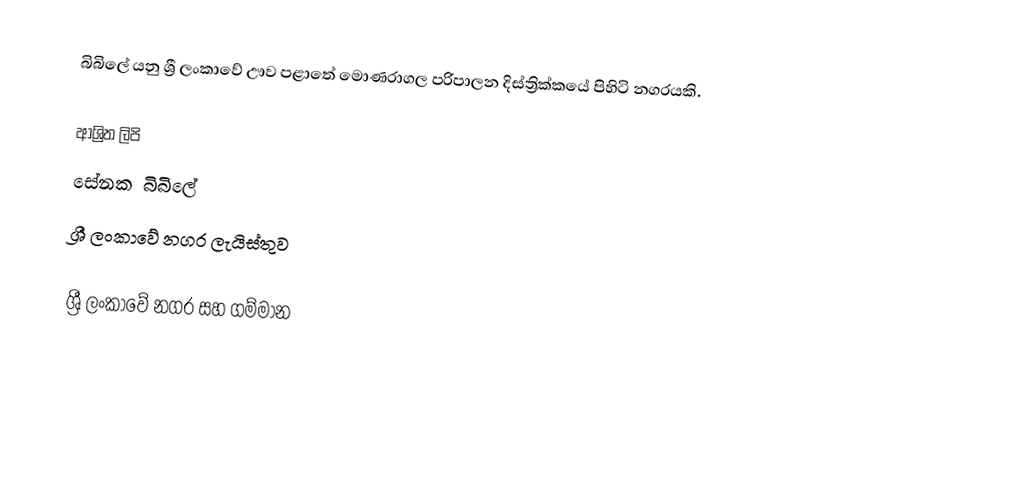
බිබිලේ යනු ශ්‍රී ලංකාවේ ඌව පළාතේ		 මොණරාගල පරිපාලන දිස්ත්‍රික්කයේ පිහිටි නගරයකි.

ආශ්‍රිත ලිපි
 සේනක බිබිලේ
 ශ්‍රී ලංකාවේ නගර ලැයිස්තුව

ශ්‍රී ලංකාවේ නගර සහ ගම්මාන